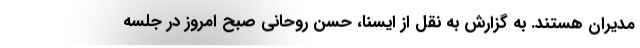
مدیران هستند. به گزارش به نقل از ایسنا، حسن روحانی صبح امروز در جلسه